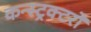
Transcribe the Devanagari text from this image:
कन्स्ट्रक्टरों